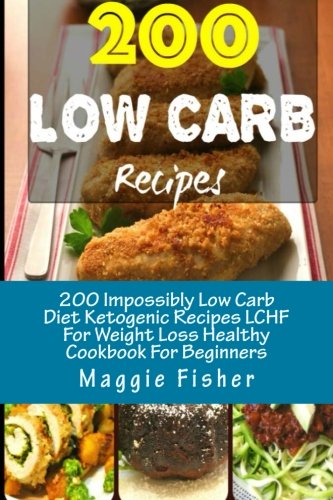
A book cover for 200 Impossibly Low Carb Diet Ketogenic Recipes LCHF For Weight Loss Healthy Cookbook For Beginners: Low Carb Breakfast, Lunch, Dinner, Snacks, Desserts, Cast Iron, Slow Cooker, Crockpot Recipes; Maggie Fisher; Cookbooks, Food & Wine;